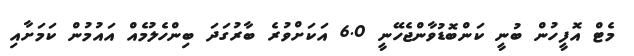
މެޓް އޮފީހުން ބުނީ ކަންބޮޑުވާންޖެހޭނީ 6.0 އަކަށްވުރެ ބާރުގަދަ ބިންހެލުމެއް އައުމުން ކަމަށާއި